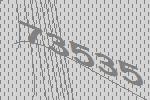
73535